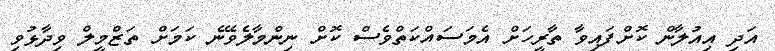
އަދި އިއުލާން ކޮށްފައިވާ ތާރީހަށް އެމަސައްކަތްވެސް ކޮށް ނިންމާލެވޭނެ ކަމަށް ތަޒްމީލް ވިދާޅުވި